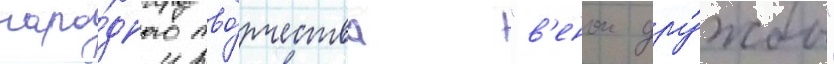
наро́дного тво́рчества "в'енок дру́жбы"